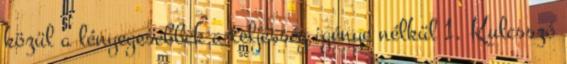
közül a lényegesebbek a teljesség igénye nélkül 1. Kulcsszó